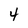
Character: 4